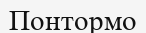
Понтормо